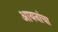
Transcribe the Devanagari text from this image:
आयनांचा